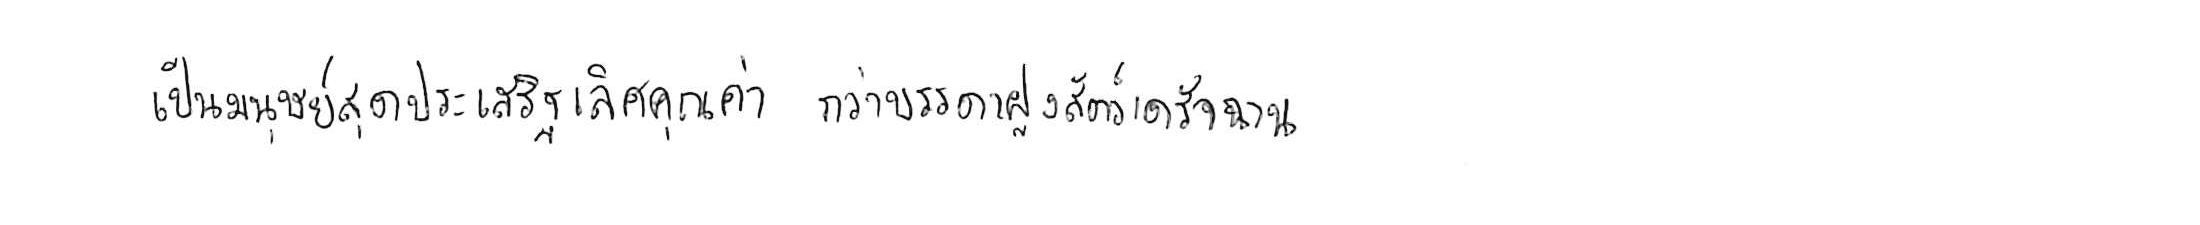
เป็นมนุษย์สุดประเสริฐเลิศคุณค่า กว่าบรรดาฝูงสัตว์เดรัจฉาน